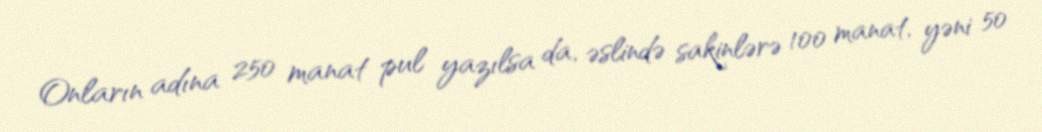
Onların adına 250 manat pul yazılsa da, əslində sakinlərə 100 manat, yəni 50